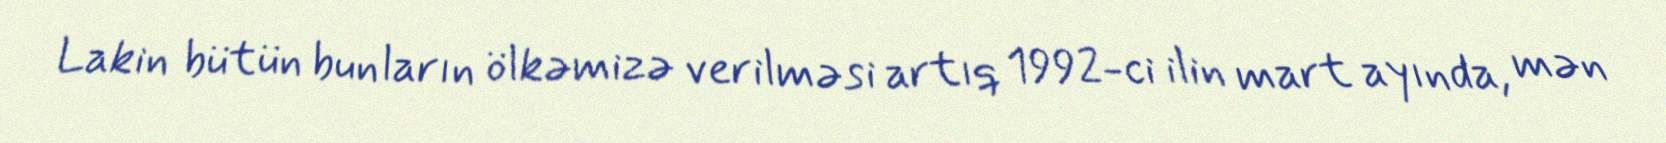
Lakin bütün bunların ölkəmizə verilməsi artıq 1992-ci ilin mart ayında, mən